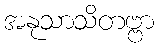
အနုသာသိတဗ္ဗာ